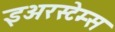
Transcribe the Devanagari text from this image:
इअरस्टेम्स